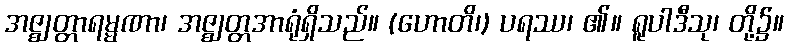
အဇ္ဈတ္တာရမ္မဏာ၊ အဇ္ဈတ္တအာရုံရှိသည်။ (ဟောတိ၊) ပရဿ၊ ၏။ ရူပါဒီသု၊ တို့၌။